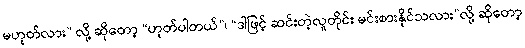
မဟုတ်လား” လို့ ဆိုတော့ “ဟုတ်ပါတယ်”၊ “ဒါဖြင့် ဆင်းတဲ့လူတိုင်း မင်းစားနိုင်သလား”လို့ ဆိုတော့